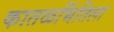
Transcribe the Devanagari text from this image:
कातळभिंतिला